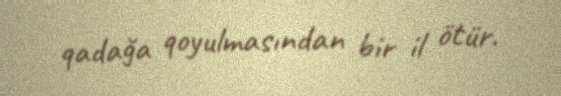
qadağa qoyulmasından bir il ötür.